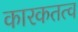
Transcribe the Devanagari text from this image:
कारकतत्व